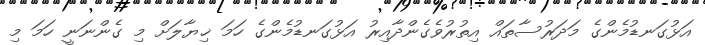
އަޅުގަނޑުމެންގެ މަދަރުސާތައް އިތުރުވެގެންދާއިރު އަޅުގަނޑުމެންގެ ހަމަ ޚިޔާލަށް މި ގެންނަނީ ހަމަ މި